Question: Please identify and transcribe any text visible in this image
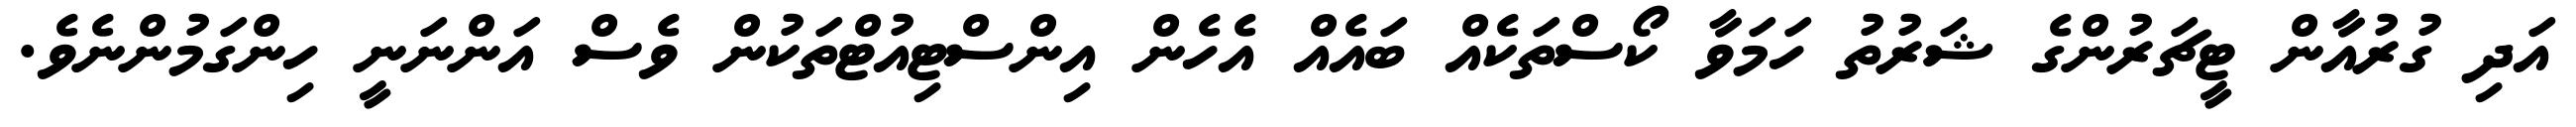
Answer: އަދި ގުރުއާން ޓީޗަރުންގެ ޝަރުތު ހަމަވާ ކޯސްތަކެއް ބައެއް އެހެން އިންސްޓިއުޓްތަކުން ވެސް އަންނަނީ ހިންގަމުންނެވެ.